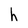
Character: h